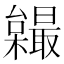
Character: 𣠏